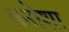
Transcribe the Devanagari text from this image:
बनोशा